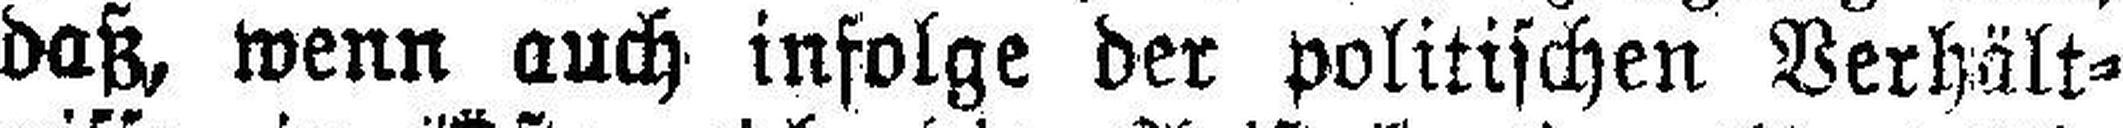
daß, wenn auch infolge der politischen Verhält¬